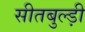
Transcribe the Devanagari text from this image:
सीतबुल्ड़ी